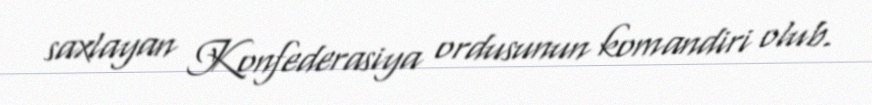
saxlayan Konfederasiya ordusunun komandiri olub.